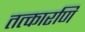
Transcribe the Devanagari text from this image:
तत्कारणि